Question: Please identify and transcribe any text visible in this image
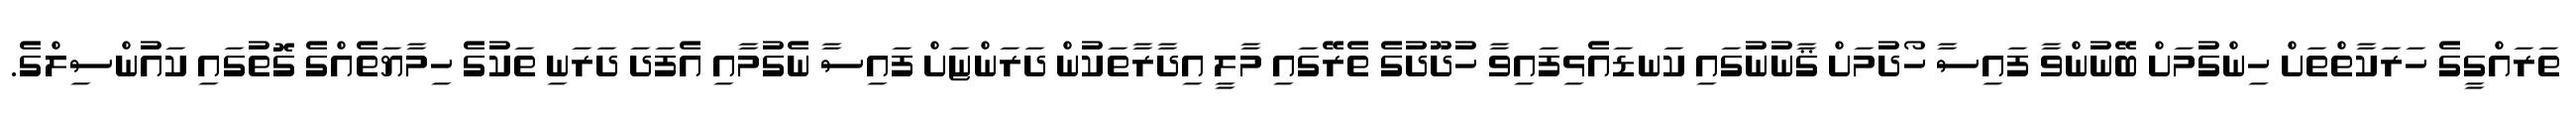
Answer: ތަރައްގީގެ ހަރަކާތްތަށް ހިންގުމަށް ބޭނުންވާ ފައިސާ ހޯދުމަށް ޤާނުނުގައި ކަނޑައެޅިފައިވާ ހުދޫދުގެ ތެރޭގައި މާލީ އިދާރާތަކުން ދަރަންޏަށް ފައިސާ ނެގުމާއި އެފަދަ ދަރަނި ތަކުގެ ހިމާޔަތެއްގެ ގޮތުގައި ކައުންސިލްގެ.